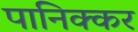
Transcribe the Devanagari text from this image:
पानिक्कर